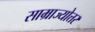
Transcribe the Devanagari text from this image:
साम्राज्योत्तर